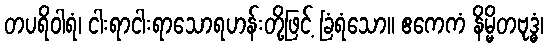
တပရိဝါရံ၊ ငါးရာငါးရာသောရဟန်းတို့ဖြင့် ခြံရံသော။ ဧကေကံ နိမ္မိတဗုဒ္ဓံ၊